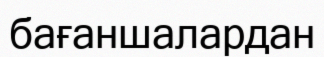
бағаншалардан